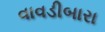
વાવડીબારા